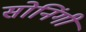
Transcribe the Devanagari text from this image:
सोनिंगी